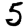
Digit: 5